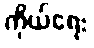
ကိုယ်ရေး